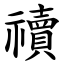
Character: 䄣